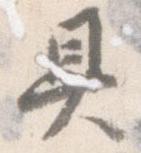
具